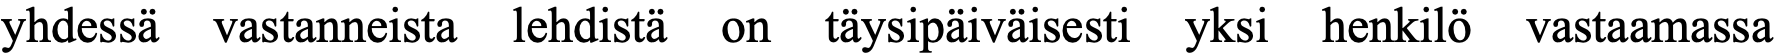
yhdessä vastanneista lehdistä on täysipäiväisesti yksi henkilö vastaamassa